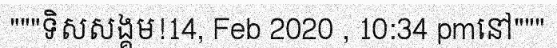
"""ទិសសង្គម!14, Feb 2020 , 10:34 pmនៅ"""